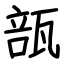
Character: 瓿